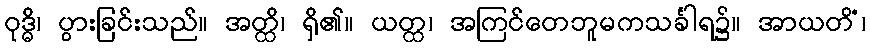
ဝုဒ္ဓိ၊ ပွားခြင်းသည်။ အတ္ထိ၊ ရှိ၏။ ယတ္ထ၊ အကြင်တေဘူမကသင်္ခါရ၌။ အာယတိံ၊